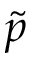
\tilde { p }